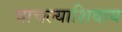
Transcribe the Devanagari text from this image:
वाचल्याशिवाय